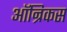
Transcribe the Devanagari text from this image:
ऑन्रिकस